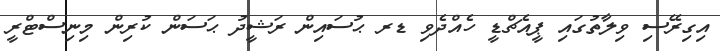
އިގިރޭސި ވިލާތުގައި ޕީއެޗްޑީ ހެއްދެވި ޑރ ޙުސައިން ރަޝީދު ޙަސަން ކުރިން މިނިސްޓްރީ